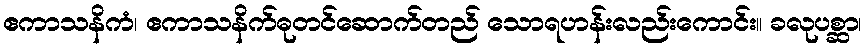
ဧကာသနိကံ၊ ဧကာသနိက်ဓုတင်ဆောက်တည် သောရဟန်းလည်းကောင်း။ ခလုပစ္ဆာ၊